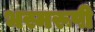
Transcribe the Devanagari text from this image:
भस्मरूपी